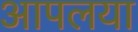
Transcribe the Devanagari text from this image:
आपलया